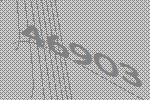
46903